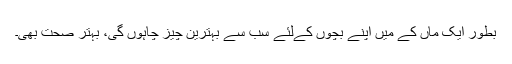
بطور ایک ماں کے میں اپنے بچوں کےلئے سب سے بہترین چیز چاہوں گی، بہتر صحت بھی۔